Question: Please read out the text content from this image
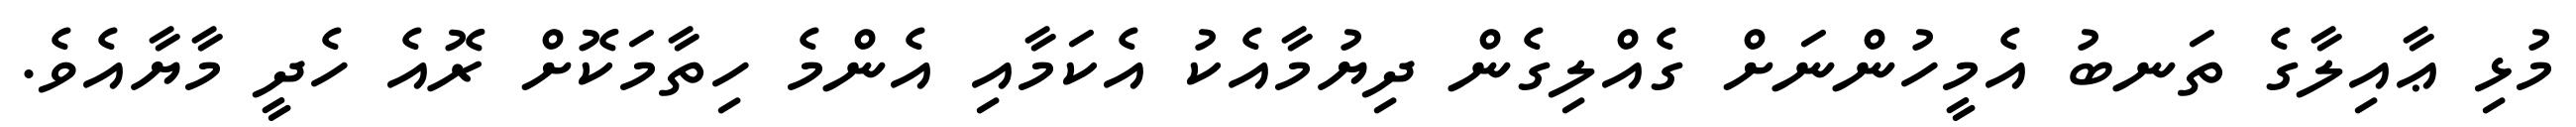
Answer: މުޅި ޢާއިލާގެ ތަނބު އެމީހުންނަށް ގެއްލިގެން ދިޔުމާއެކު އެކަމާއި އެންމެ ހިތާމަކޮށް ރޮއެ ހެދީ މާޔާއެވެ.